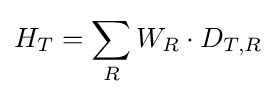
H_{T}=\sum _{R}W_{R}\cdot D_{T,R}